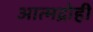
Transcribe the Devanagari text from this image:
आत्मद्रोही